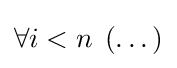
\forall i<n\;\left(\dots \right)